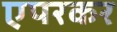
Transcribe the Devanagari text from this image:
एपरकर